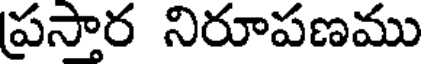
ప్రసార నిరూపణము